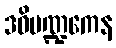
ဒဓိမဏ္ဍကေန